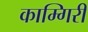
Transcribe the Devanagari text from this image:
काम्गिरी